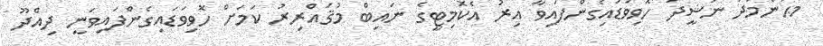
މުޙަންމަދު ނަޝީދު ހޮވިވަޑައިގެންފައިވާ އިރު އެކޮމިޓީގެ ނައިބް މުޤައްރިރު ކަމަށް ހޮވިވަޑައިގެންފައިވަނީ ދިއްދޫ